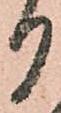
り